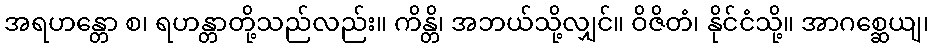
အရဟန္တော စ၊ ရဟန္တာတို့သည်လည်း။ ကိန္တိ၊ အဘယ်သို့လျှင်။ ဝိဇိတံ၊ နိုင်ငံသို့။ အာဂစ္ဆေယျ၊